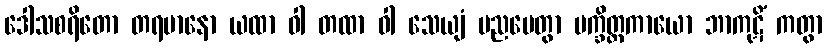
ဒေါသစရိတော တရမာနော ယထာ ဝါ တထာ ဝါ သေယျံ ပညပေတွာ ပက္ခိတ္တကာယော ဘာကုဋိံ ကတွာ